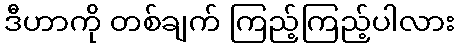
ဒီဟာကို တစ်ချက် ကြည့်ကြည့်ပါလား